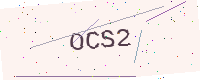
Text: OCS2